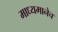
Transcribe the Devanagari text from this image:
माध्यमानेच